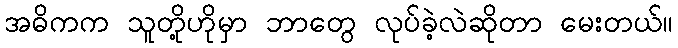
အဓိကက သူတို့ဟိုမှာ ဘာတွေ လုပ်ခဲ့လဲဆိုတာ မေးတယ်။